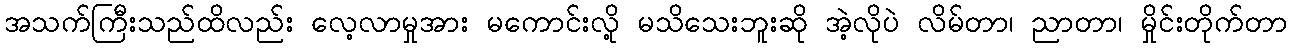
အသက်ကြီးသည်ထိလည်း လေ့လာမှုအား မကောင်းလို့ မသိသေးဘူးဆို အဲ့လိုပဲ လိမ်တာ၊ ညာတာ၊ မှိုင်းတိုက်တာ